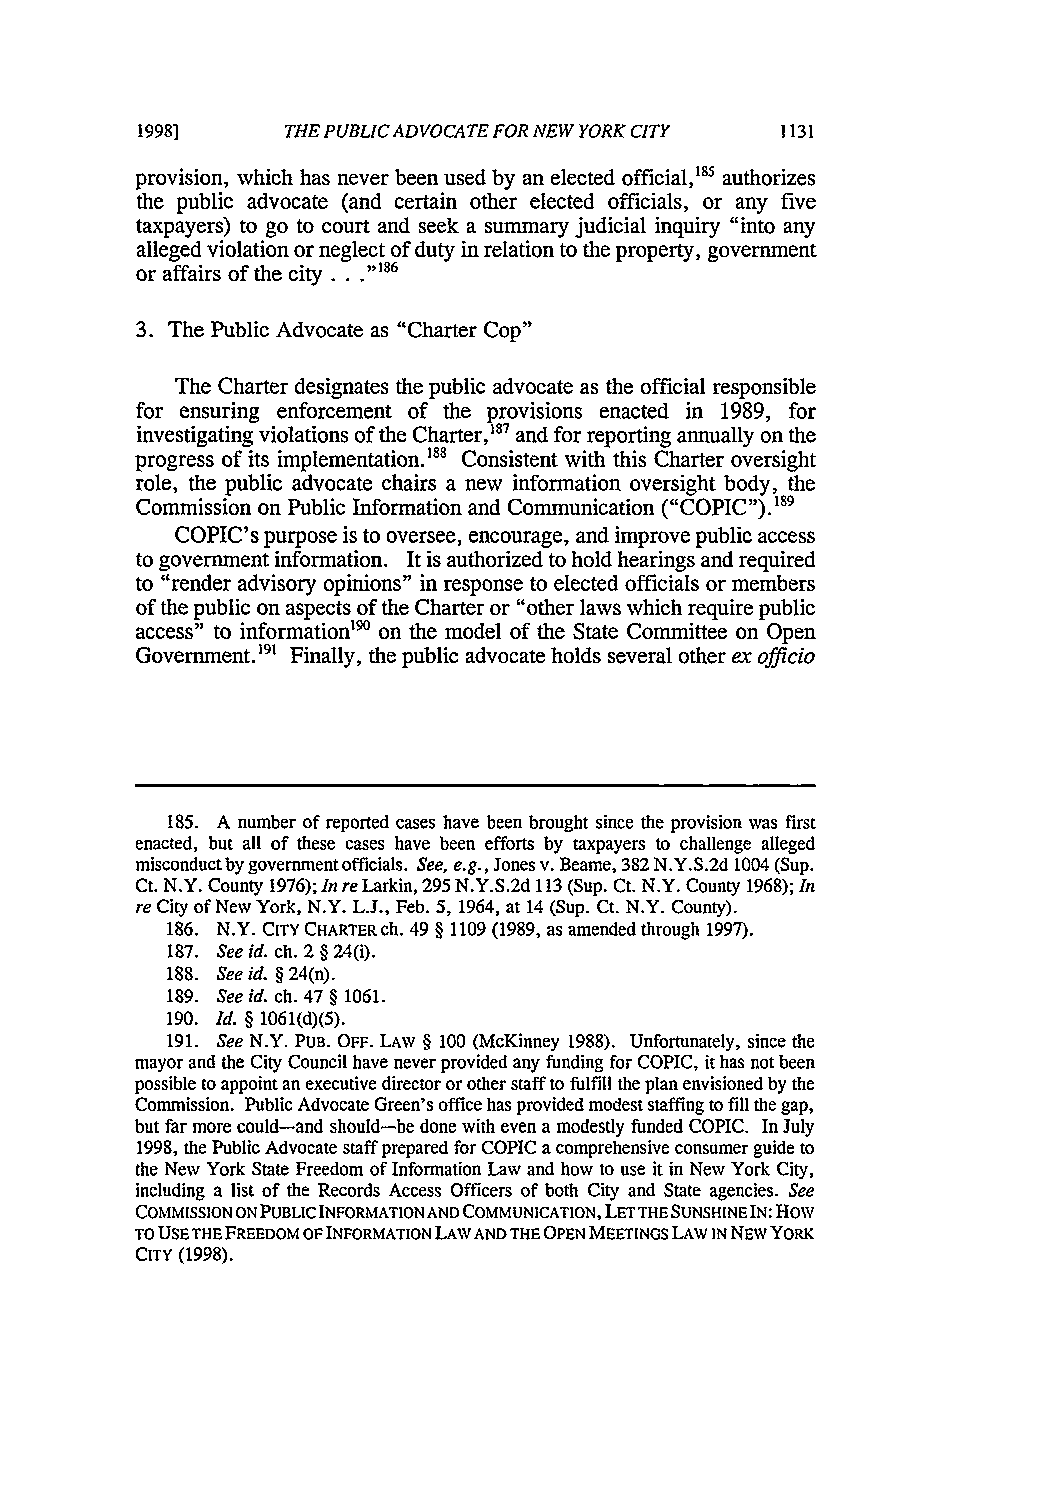
19981     THE PUBLIC ADVOCATE FOR NEW YORK CITY
 provision, which has never been used by an elected official,8 1 authorizes
 the public advocate (and certain other elected officials, or any five
 taxpayers) to go to court and seek a summary judicial inquiry "into any
 alleged violation or neglect of duty in relation to the property, government
 or affairs of the city . ..'86
 3. The Public Advocate as "Charter Cop"
 The Charter designates the public advocate as the official responsible
 for ensuring enforcement of the provisions enacted in 1989, for
 investigating violations of the Charter,'87 and for reporting annually on the
 progress of its implementation."'8 Consistent with this Charter oversight
 role, the public advocate chairs a new information oversight body, the
 Commission on Public Information and Communication
 ("COPIC").l89
 COPIC's purpose is to oversee, encourage, and improve public access
 to government information. It is authorized to hold hearings and required
 to "render advisory opinions" in response to elected officials or members
 of the public on aspects of the Charter or "other laws which require public
 access" to information'90 on the model of the State Committee on Open
 Government.191 Finally, the public advocate holds several other ex officio
 185. A number of reported cases have been brought since the provision was first
 enacted, but all of these cases have been efforts by taxpayers to challenge alleged
 misconduct by government officials. See, e.g., Jones v. Beame, 382 N.Y.S.2d 1004 (Sup.
 Ct. N.Y. County 1976); In re Larkin, 295 N.Y.S.2d 113 (Sup. Ct. N.Y. County 1968); In
 re City of New York, N.Y. L.J., Feb. 5, 1964, at 14 (Sup. Ct. N.Y. County).
 186. N.Y. CITY CHARTER ch. 49 § 1109 (1989, as amended through 1997).
 187. See id. ch. 2 § 24(i).
 188. See id. § 24(n).
 189. See id. ch. 47 § 1061.
 190. Id. § 1061(d)(5).
 191. See N.Y. PuB. OFF. LAW § 100 (McKinney 1988). Unfortunately, since the
 mayor and the City Council have never provided any funding for COPIC, it has not been
 possible to appoint an executive director or other staff to fulfill the plan envisioned by the
 Commission. Public Advocate Green's office has provided modest staffing to fill the gap,
 but far more could-and should-be done with even a modestly funded COPIC. In July
 1998, the Public Advocate staff prepared for COPIC a comprehensive consumer guide to
 the New York State Freedom of Information Law and how to use it in New York City,
 including a list of the Records Access Officers of both City and State agencies. See
 COMMISSION ON PUBLIC INFORMATION AND COMMUNICATION, LET THE SUNSHINE IN: How
 TO USETHE FREEDOM OF INFORMATION LAW AND THE OPEN MEETINGS LAW IN NEW YORK
 CITY (1998).